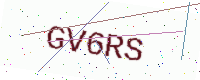
Text: GV6RS